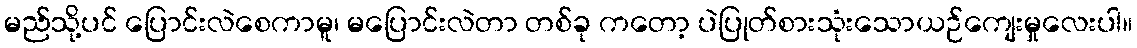
မည်သို့ပင် ပြောင်းလဲစေကာမူ၊ မပြောင်းလဲတာ တစ်ခု ကတော့ ပဲပြုတ်စားသုံးသောယဉ်ကျေးမှုလေးပါ။